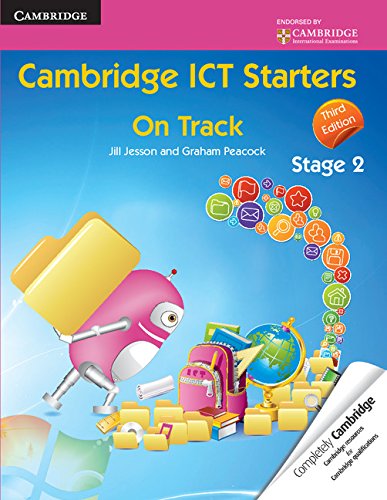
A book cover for Cambridge ICT Starters: On Track, Stage 2; Jill Jesson; Teen & Young Adult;